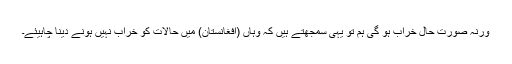
ورنہ صورت حال خراب ہو گی ہم تو یہی سمجھتے ہیں کہ وہاں (افغانستان) میں حالات کو خراب نہیں ہونے دینا چاہیئے۔